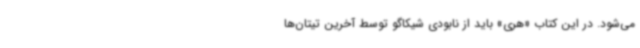
می‌شود. در این کتاب «هری» باید از نابودی شیکاگو توسط آخرین تیتان‌ها